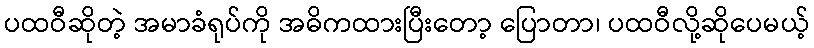
ပထဝီဆိုတဲ့ အမာခံရုပ်ကို အဓိကထားပြီးတော့ ပြောတာ၊ ပထဝီလို့ဆိုပေမယ့်